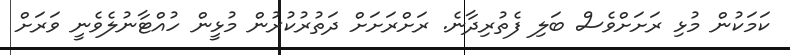
ކަމަކުން މުޅި ރަށަށްވެސް ބަލި ފެތުރިދާނެ. ރަށްރަށަށް ދަތުރުކުރުން މުޅީން ހުއްޓާނުލެވެނީ ވަރަށް